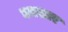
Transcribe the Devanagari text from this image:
घनसार